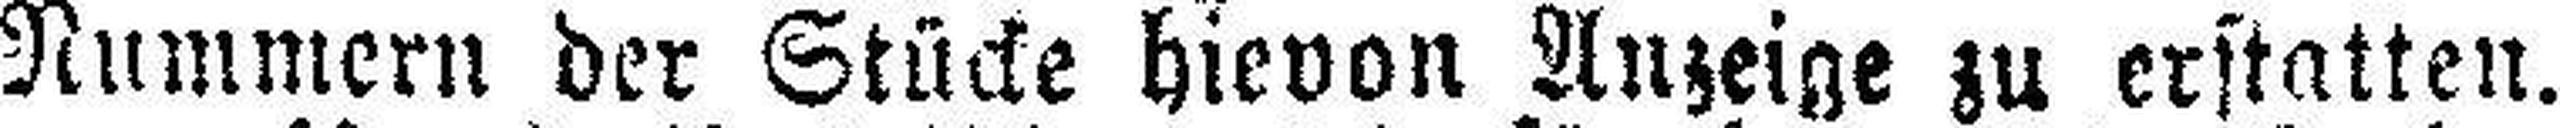
Nummern der Stücke hievon Anzeige zu erstatten.